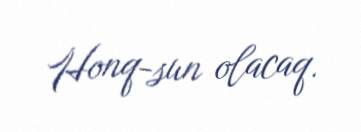
Honq-sun olacaq.